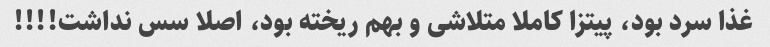
غذا سرد بود، پیتزا کاملا متلاشی و بهم ریخته بود، اصلا سس نداشت!!!!